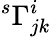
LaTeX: ^{s}\Gamma_{jk}^{i}